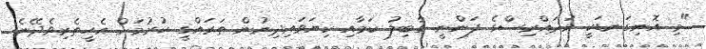
"މި އޮނިގަނޑަކީ މުދައްރިސްގެ ފަންނީ ގާބިލު ކަމާއި ކިޔަވައިދިނުން ތަރައްގީ ކުރުމަށް އެހީތެރިވެދޭނެ